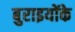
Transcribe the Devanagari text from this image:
बुराइयोंके